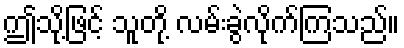
ဤသို့ဖြင့် သူတို့ လမ်းခွဲလိုက်ကြသည်။